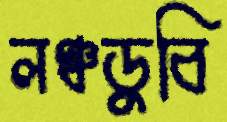
লঞ্চডুবি